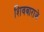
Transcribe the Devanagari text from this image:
शिवबाराजे